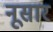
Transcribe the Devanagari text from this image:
नूसार